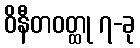
ဝိနီတဝတ္ထု ၇-ခု